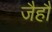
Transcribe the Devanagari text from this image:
जैहौं